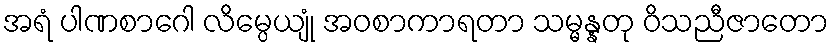
အရံ ပါဏစာဂေါ လိမ္ပေယျုံ အဝစာကာရတာ သမ္မန္နတု ဝိသညီဇာတော